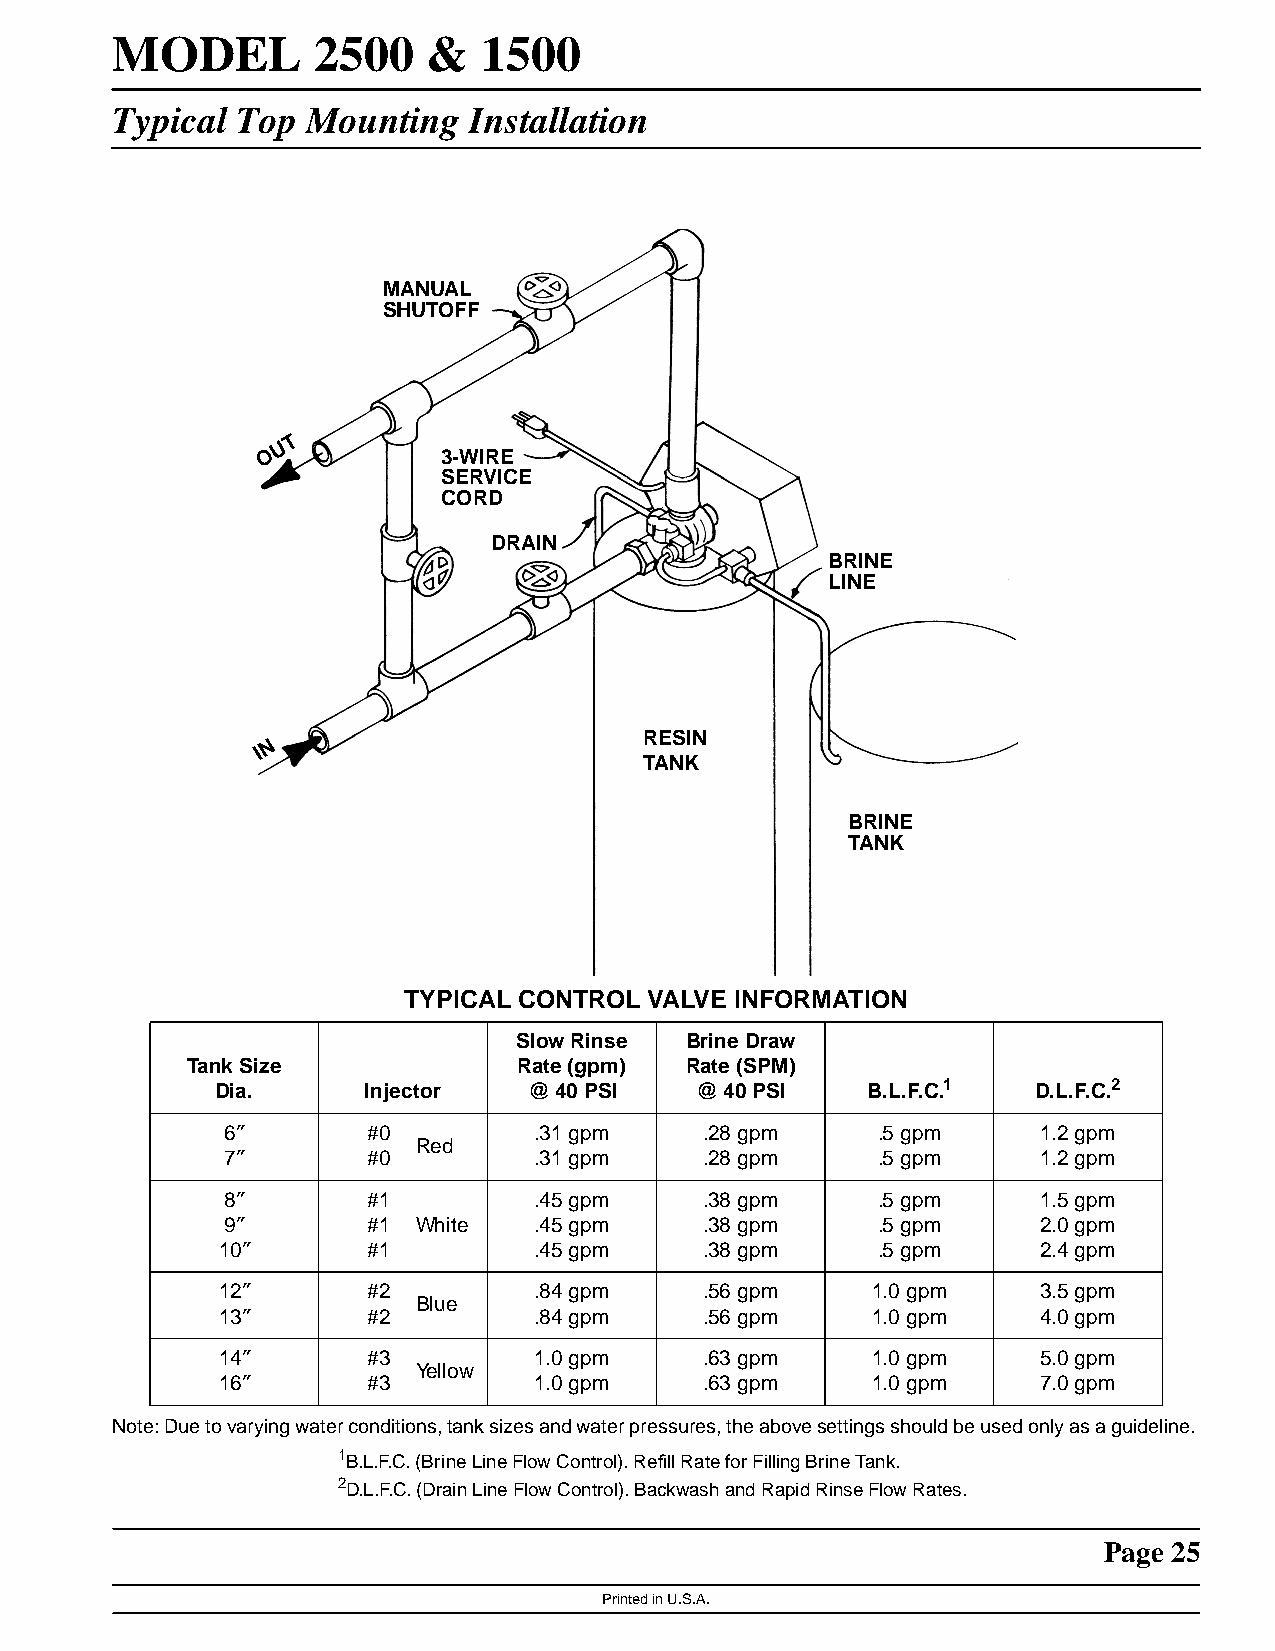
MODEL         2500   &   1500
 Typical  Top Mounting   Installation
 MANUAL
 SHUTOFF
 T
 U
 O           3-WIRE
 SERVICE
 CORD
 DRAIN
 BRINE
 LINE
 RESIN
 N
 I
 TANK
 BRINE
 TANK
 TYPICAL CONTROL VALVE INFORMATION
 Slow Rinse Brine Draw
 Tank Size             Rate (gpm) Rate (SPM)
 Dia.      Injector   @ 40 PSI   @ 40 PSI   B.L.F.C.1   D.L.F.C.2
 6″       #0         .31 gpm     .28 gpm    .5 gpm     1.2 gpm
 Red
 7″       #0         .31 gpm     .28 gpm    .5 gpm     1.2 gpm
 8″       #1         .45 gpm     .38 gpm    .5 gpm     1.5 gpm
 9″       #1  White  .45 gpm     .38 gpm    .5 gpm     2.0 gpm
 10″       #1         .45 gpm     .38 gpm    .5 gpm     2.4 gpm
 12″       #2         .84 gpm     .56 gpm    1.0 gpm    3.5 gpm
 Blue
 13″       #2         .84 gpm     .56 gpm    1.0 gpm    4.0 gpm
 14″       #3         1.0 gpm     .63 gpm    1.0 gpm    5.0 gpm
 Yellow
 16″       #3         1.0 gpm     .63 gpm    1.0 gpm    7.0 gpm
 Note:Duetovaryingwaterconditions,tanksizesandwaterpressures,theabovesettingsshouldbeusedonlyasaguideline.
 1B.L.F.C. (Brine Line Flow Control). Refill Rate for Filling Brine Tank.
 2D.L.F.C. (Drain Line Flow Control). Backwash and Rapid Rinse Flow Rates.
 Page 25
 Printed in U.S.A.